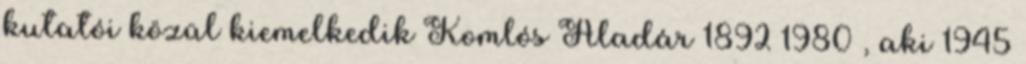
kutatói közül kiemelkedik Komlós Aladár 1892–1980 , aki 1945